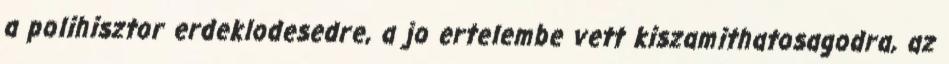
a polihisztor erdeklodesedre, a jo ertelembe vett kiszamithatosagodra, az